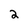
Character: 2